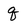
Character: q